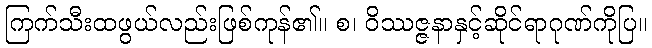
ကြက်သီးထဖွယ်လည်းဖြစ်ကုန်၏။ စ၊ ဝိဿဇ္ဇနာနှင့်ဆိုင်ရာဂုဏ်ကိုပြ။